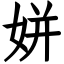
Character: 姘